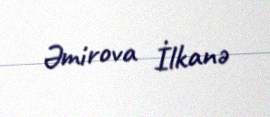
Əmirova İlkanə